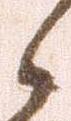
々